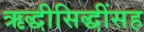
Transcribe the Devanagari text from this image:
ऋद्धीसिद्धींसह